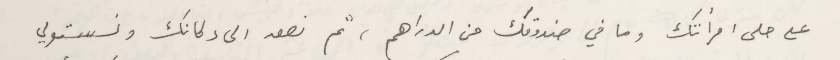
على حلى امرأتك وما في صندوقك من الدراهم، ثم نصعد الى دكانك ونستولي